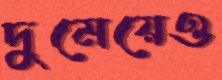
দুমেয়েও